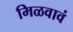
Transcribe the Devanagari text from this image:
मिळवावं